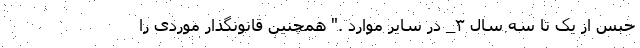
حبس از یک تا سه سال ۳_ در سایر موارد ." همچنین قانونگذار موردی را